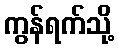
ကွန်ရက်သို့